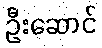
ဦးဆောင်